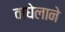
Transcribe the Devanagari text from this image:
वाघेलाने